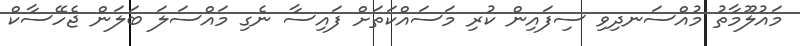
މައުލޫމާތު މުއްސަނދިވި ސިފައިން ކުރި މަސައްކަތަށް ފައިސާ ނެގި މައްސަލަ ބަލަން ޖެހޭސާކް